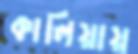
কালিয়ায়